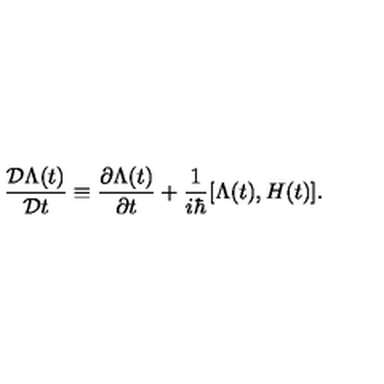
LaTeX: \frac { { \cal D } \Lambda ( t ) } { { \cal D } t } \equiv \frac { \partial \Lambda ( t ) } { \partial t } + \frac { 1 } { i \hbar } [ \Lambda ( t ) , H ( t ) ] .